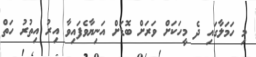
މި ހަމަލާގައި ދެ މީހަކަށް ވަރަށް ބޮޑަށް އަނިޔާވެފައިވާ އިރު އިތުރު ހަތް